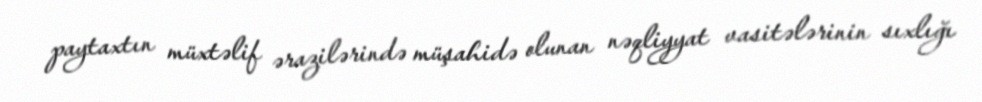
paytaxtın müxtəlif ərazilərində müşahidə olunan nəqliyyat vasitələrinin sıxlığı